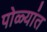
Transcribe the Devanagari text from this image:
पोळ्यांत